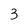
Character: 3